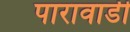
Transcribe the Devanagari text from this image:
पारावाडी